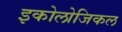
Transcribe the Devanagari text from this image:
इकोलोजिकल